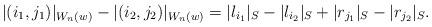
LaTeX: \begin{align*} \lvert (i_1,j_1)\rvert_{W_n(w)}-\lvert (i_2,j_2)\rvert_{W_n(w)}=\lvert l_{i_1} \rvert_S-\lvert l_{i_2} \rvert_S+\lvert r_{j_1} \rvert_S-\lvert r_{j_2} \rvert_S.\end{align*}